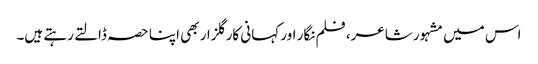
اس میں مشہور شاعر، فلم نگار اور کہانی کار گلزار بھی اپنا حصہ ڈالتے رہتے ہیں۔